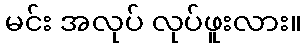
မင်း အလုပ် လုပ်ဖူးလား။